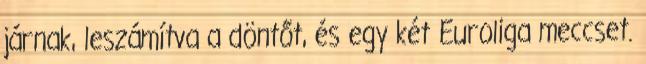
járnak, leszámítva a döntőt, és egy két Euroliga meccset.